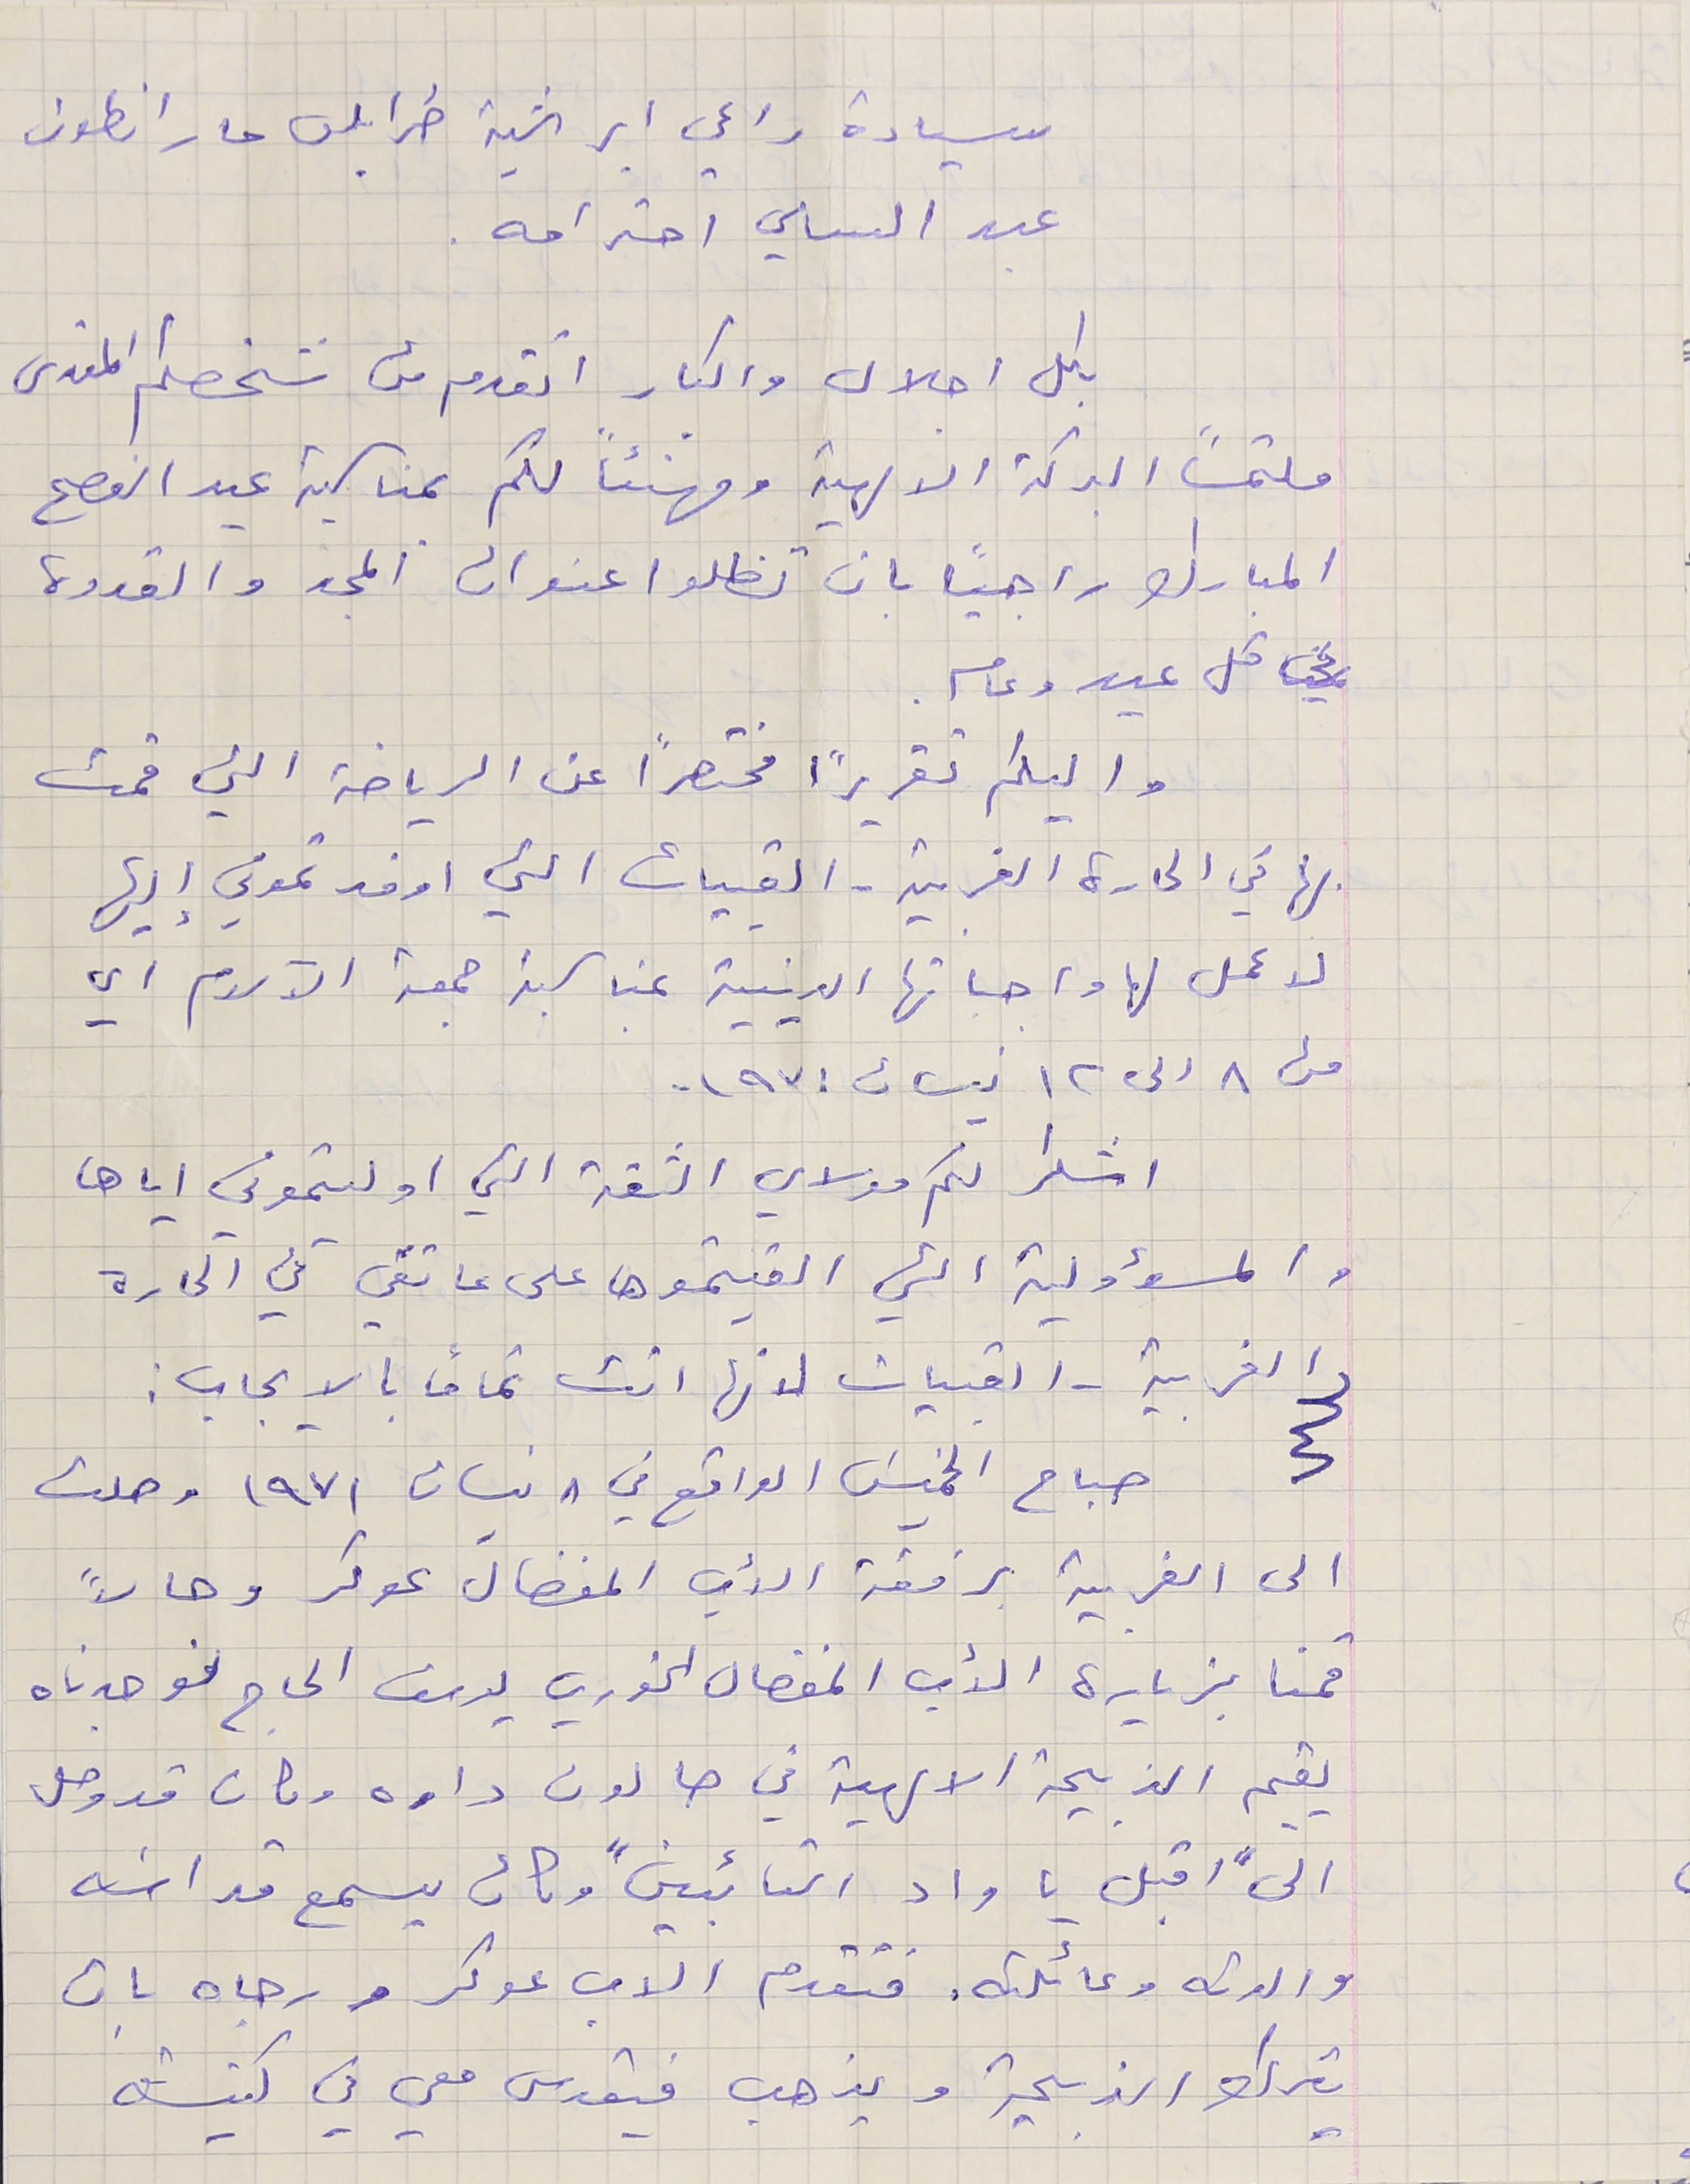
سيادة راعي ابرشية طرابلس مار انطون
 عبد السامي احترامه.
 بكل اجلال واكبار اتقدم من شخصكم المقدس
ملتمساً البركة الالهية ومهنئاً لكم بمناسبة عيد الفصح
المبارك راجيًا بان تظلوا عنوان المجد والقدوه
في كل عيد وعام .
واليكم تقريرًا محتصرًا عن الرياضة التي قمت
بها في الحارة الغربية - القبيات التي اوفدتموني إليها
لاعمل لها واجباتها الدينية بمناسبة جمعة الآلام اي
من ٨ الى ١٢ نيسان ١٩٧١ .
اشكر لكم مولاي الثقة التي اوليتموني اياها
والمسؤولية التي القيتموها على عاتقي في الحارة
الغربية – القبيات لانها اتت تمامًا بالايجاب :
صباح الخميسَ الواقع في ٨ نسان ١٩٧١ وصلت
الى الغربية برفقة الأب المفضال عوكر وحالاً
قمنا بزيارة الأب المفضال الخوري يوسف الحاج فوجدناه
يقيم الذبيحة الالهية في صالون داره وكان قد وصل
الى " اقبل يا واد التائبين " وكان يسمع قداسَه
 والدته وعائلته. فتقدم الآب عوكر ورجاه بان
يترك الذبيحة ويذهب فيقدس معي في كنيسته